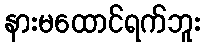
နားမထောင်ရက်ဘူး